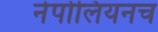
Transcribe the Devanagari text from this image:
नेपोलियनच